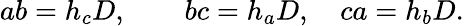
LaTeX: ab=h_{c}D,\quad\quad bc=h_{a}D,\quad ca=h_{b}D.